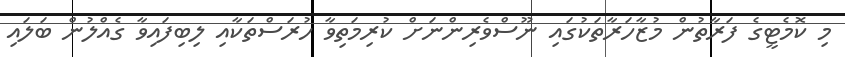
މި ކޮމެޓީގެ ފަރާތުން މުޒާހަރާތަކުގައި ނޫސްވެރިންނަށް ކުރިމަތިވާ ހުރަސްތަކާއި ލިބިފައިވާ ގެއްލުން ބަލައި